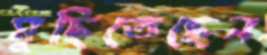
মুছিতেছেন